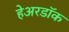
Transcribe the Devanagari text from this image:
हेअरडॉक